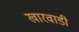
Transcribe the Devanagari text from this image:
खारवाडी